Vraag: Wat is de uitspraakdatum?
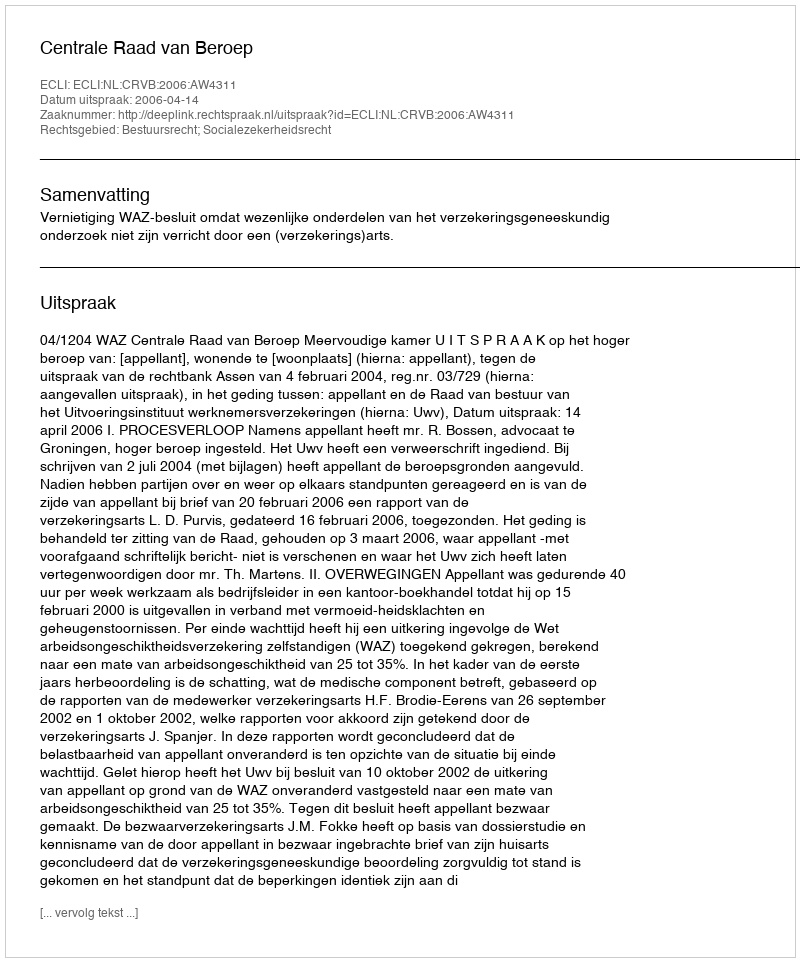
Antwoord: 2006-04-14